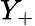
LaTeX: Y_{+}